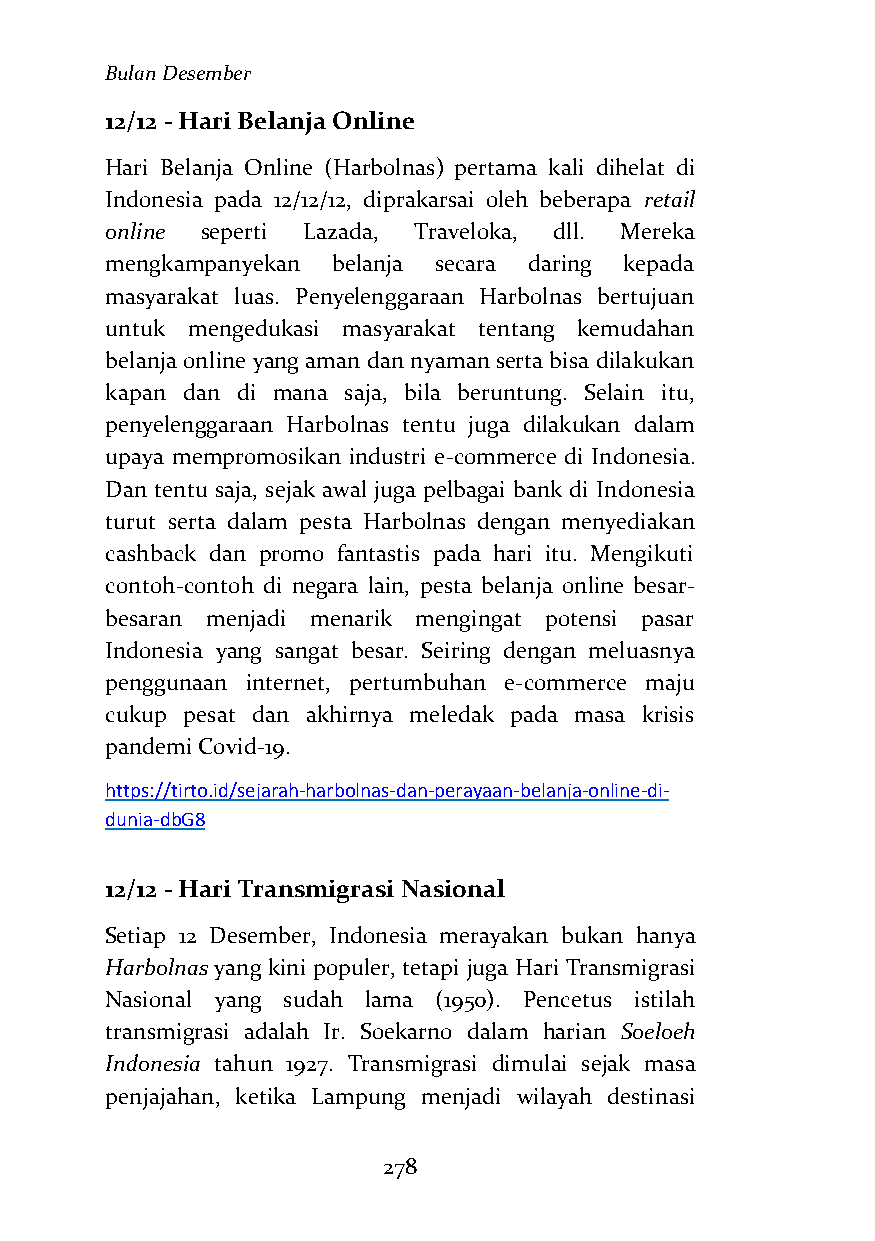
Bulan Desember
 12/12 - Hari Belanja Online
 Hari Belanja Online (Harbolnas) pertama kali dihelat di
 Indonesia pada 12/12/12, diprakarsai oleh beberapa retail
 online seperti Lazada, Traveloka, dll. Mereka
 mengkampanyekan belanja secara daring kepada
 masyarakat luas. Penyelenggaraan Harbolnas bertujuan
 untuk mengedukasi masyarakat tentang kemudahan
 belanja online yang aman dan nyaman serta bisa dilakukan
 kapan dan di mana saja, bila beruntung. Selain itu,
 penyelenggaraan Harbolnas tentu juga dilakukan dalam
 upaya mempromosikan industri e-commerce di Indonesia.
 Dan tentu saja, sejak awal juga pelbagai bank di Indonesia
 turut serta dalam pesta Harbolnas dengan menyediakan
 cashback dan promo fantastis pada hari itu. Mengikuti
 contoh-contoh di negara lain, pesta belanja online besar-
 besaran menjadi menarik mengingat potensi pasar
 Indonesia yang sangat besar. Seiring dengan meluasnya
 penggunaan internet, pertumbuhan e-commerce maju
 cukup pesat dan akhirnya meledak pada masa krisis
 pandemi Covid-19.
 https://tirto.id/sejarah-harbolnas-dan-perayaan-belanja-online-di-
 dunia-dbG8
 12/12 - Hari Transmigrasi Nasional
 Setiap 12 Desember, Indonesia merayakan bukan hanya
 Harbolnas yang kini populer, tetapi juga Hari Transmigrasi
 Nasional yang sudah lama (1950). Pencetus istilah
 transmigrasi adalah Ir. Soekarno dalam harian Soeloeh
 Indonesia tahun 1927. Transmigrasi dimulai sejak masa
 penjajahan, ketika Lampung menjadi wilayah destinasi
 278